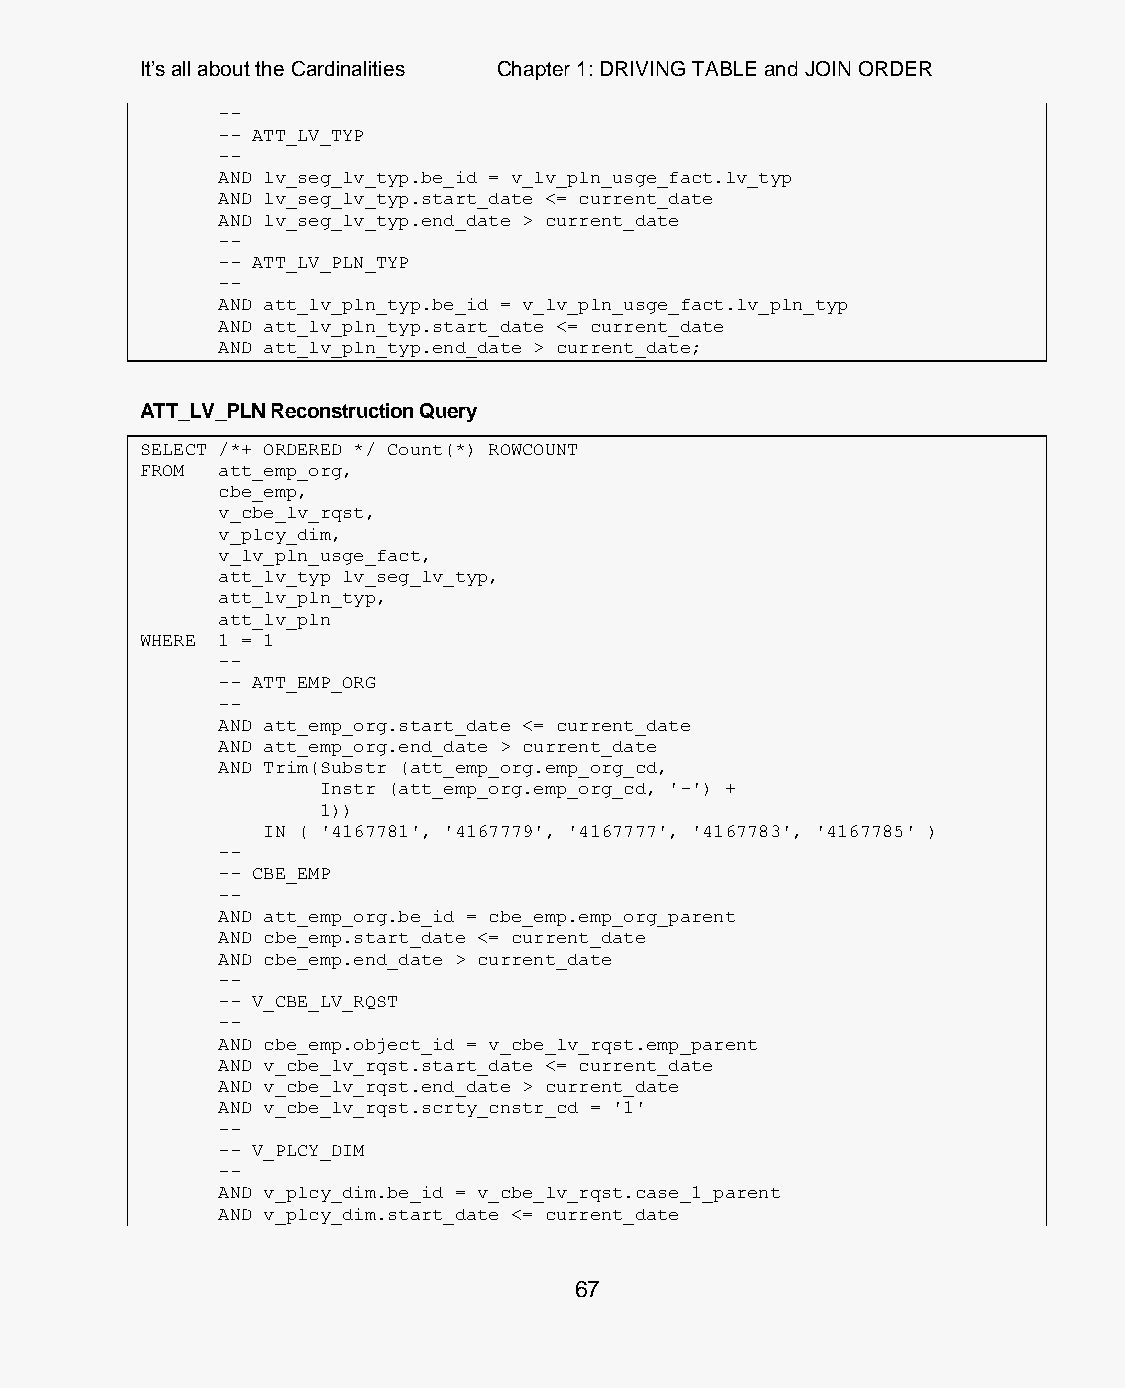
It’s all about the Cardinalities Chapter 1: DRIVING TABLE and JOIN ORDER
 --
 -- ATT_LV_TYP
 --
 AND lv_seg_lv_typ.be_id = v_lv_pln_usge_fact.lv_typ
 AND lv_seg_lv_typ.start_date <= current_date
 AND lv_seg_lv_typ.end_date > current_date
 --
 -- ATT_LV_PLN_TYP
 --
 AND att_lv_pln_typ.be_id = v_lv_pln_usge_fact.lv_pln_typ
 AND att_lv_pln_typ.start_date <= current_date
 AND att_lv_pln_typ.end_date > current_date;
 ATT_LV_PLN Reconstruction Query
 SELECT /*+ ORDERED */ Count(*) ROWCOUNT
 FROM att_emp_org,
 cbe_emp,
 v_cbe_lv_rqst,
 v_plcy_dim,
 v_lv_pln_usge_fact,
 att_lv_typ lv_seg_lv_typ,
 att_lv_pln_typ,
 att_lv_pln
 WHERE 1 = 1
 --
 -- ATT_EMP_ORG
 --
 AND att_emp_org.start_date <= current_date
 AND att_emp_org.end_date > current_date
 AND Trim(Substr (att_emp_org.emp_org_cd,
 Instr (att_emp_org.emp_org_cd, '-') +
 1))
 IN ( '4167781', '4167779', '4167777', '4167783', '4167785' )
 --
 -- CBE_EMP
 --
 AND att_emp_org.be_id = cbe_emp.emp_org_parent
 AND cbe_emp.start_date <= current_date
 AND cbe_emp.end_date > current_date
 --
 -- V_CBE_LV_RQST
 --
 AND cbe_emp.object_id = v_cbe_lv_rqst.emp_parent
 AND v_cbe_lv_rqst.start_date <= current_date
 AND v_cbe_lv_rqst.end_date > current_date
 AND v_cbe_lv_rqst.scrty_cnstr_cd = '1'
 --
 -- V_PLCY_DIM
 --
 AND v_plcy_dim.be_id = v_cbe_lv_rqst.case_1_parent
 AND v_plcy_dim.start_date <= current_date
 67